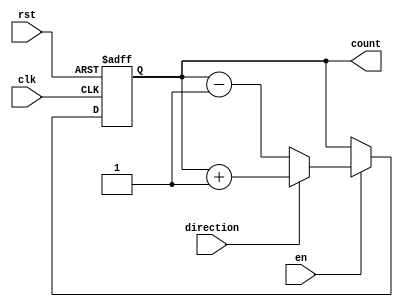
module up_down_counter (
    input clk,
    input rst,
    input en,
    input direction,
    output reg [7:0] count
);

always @(posedge clk or posedge rst) begin
    if (rst) begin
        count <= 8'b00000000;
    end else if (en) begin
        if (direction) begin
            count <= count + 1;
        end else begin
            count <= count - 1;
        end
    end
end

endmodule